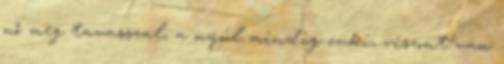
nő meg tavasszal, a nyúl mindig cuki, viszont van